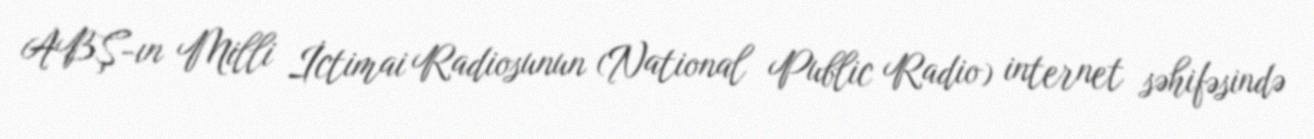
ABŞ-ın Milli İctimai Radiosunun (National Public Radio) internet səhifəsində